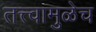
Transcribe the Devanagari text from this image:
तत्त्वामुळेच